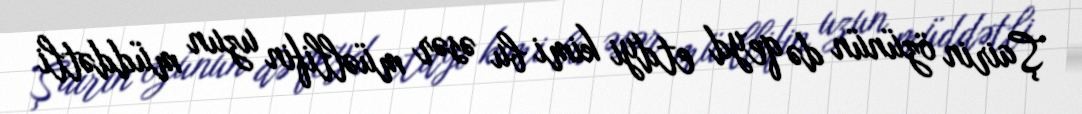
Şairin özünün də qeyd etdyi kimi bu əsər müəllifin uzun müddətli